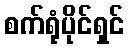
စက်ရုံပိုင်ရှင်